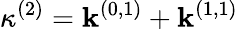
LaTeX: \kappa^{(2)}=\mathbf{k}^{(0,1)}+\mathbf{k}^{(1,1)}